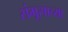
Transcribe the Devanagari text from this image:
संभूसाच्या